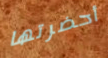
أحضرتها